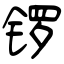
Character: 锣